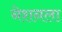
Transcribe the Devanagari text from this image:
नेशनला